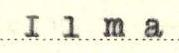
Ilma